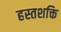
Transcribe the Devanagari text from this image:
हस्तशक्ति